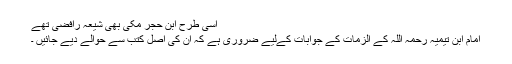
اسی طرح ابن حجر مکی بھی شیعہ رافضی تھے
امام ابن تیمیہ رحمہ اللہ کے الزمات کے جوابات کےلیے ضروری ہے کہ ان کی اصل کتب سے حوالے دیے جائیں ۔